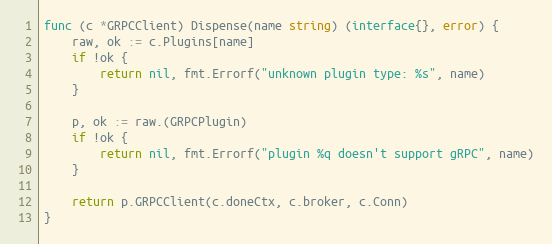
Language: Go
func (c *GRPCClient) Dispense(name string) (interface{}, error) {
	raw, ok := c.Plugins[name]
	if !ok {
		return nil, fmt.Errorf("unknown plugin type: %s", name)
	}

	p, ok := raw.(GRPCPlugin)
	if !ok {
		return nil, fmt.Errorf("plugin %q doesn't support gRPC", name)
	}

	return p.GRPCClient(c.doneCtx, c.broker, c.Conn)
}